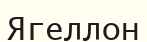
Ягеллон